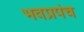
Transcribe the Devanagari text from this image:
भवप्रपंच